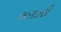
સરાકરી